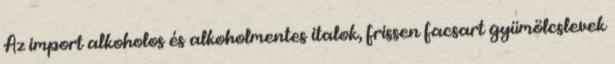
Az import alkoholos és alkoholmentes italok, frissen facsart gyümölcslevek